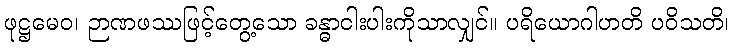
ဖုဋ္ဌမေဝ၊ ဉာဏဖဿဖြင့်တွေ့သော ခန္ဓာငါးပါးကိုသာလျှင်။ ပရိယောဂါဟတိ ပဝိသတိ၊